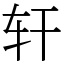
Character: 轩